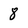
Character: 8